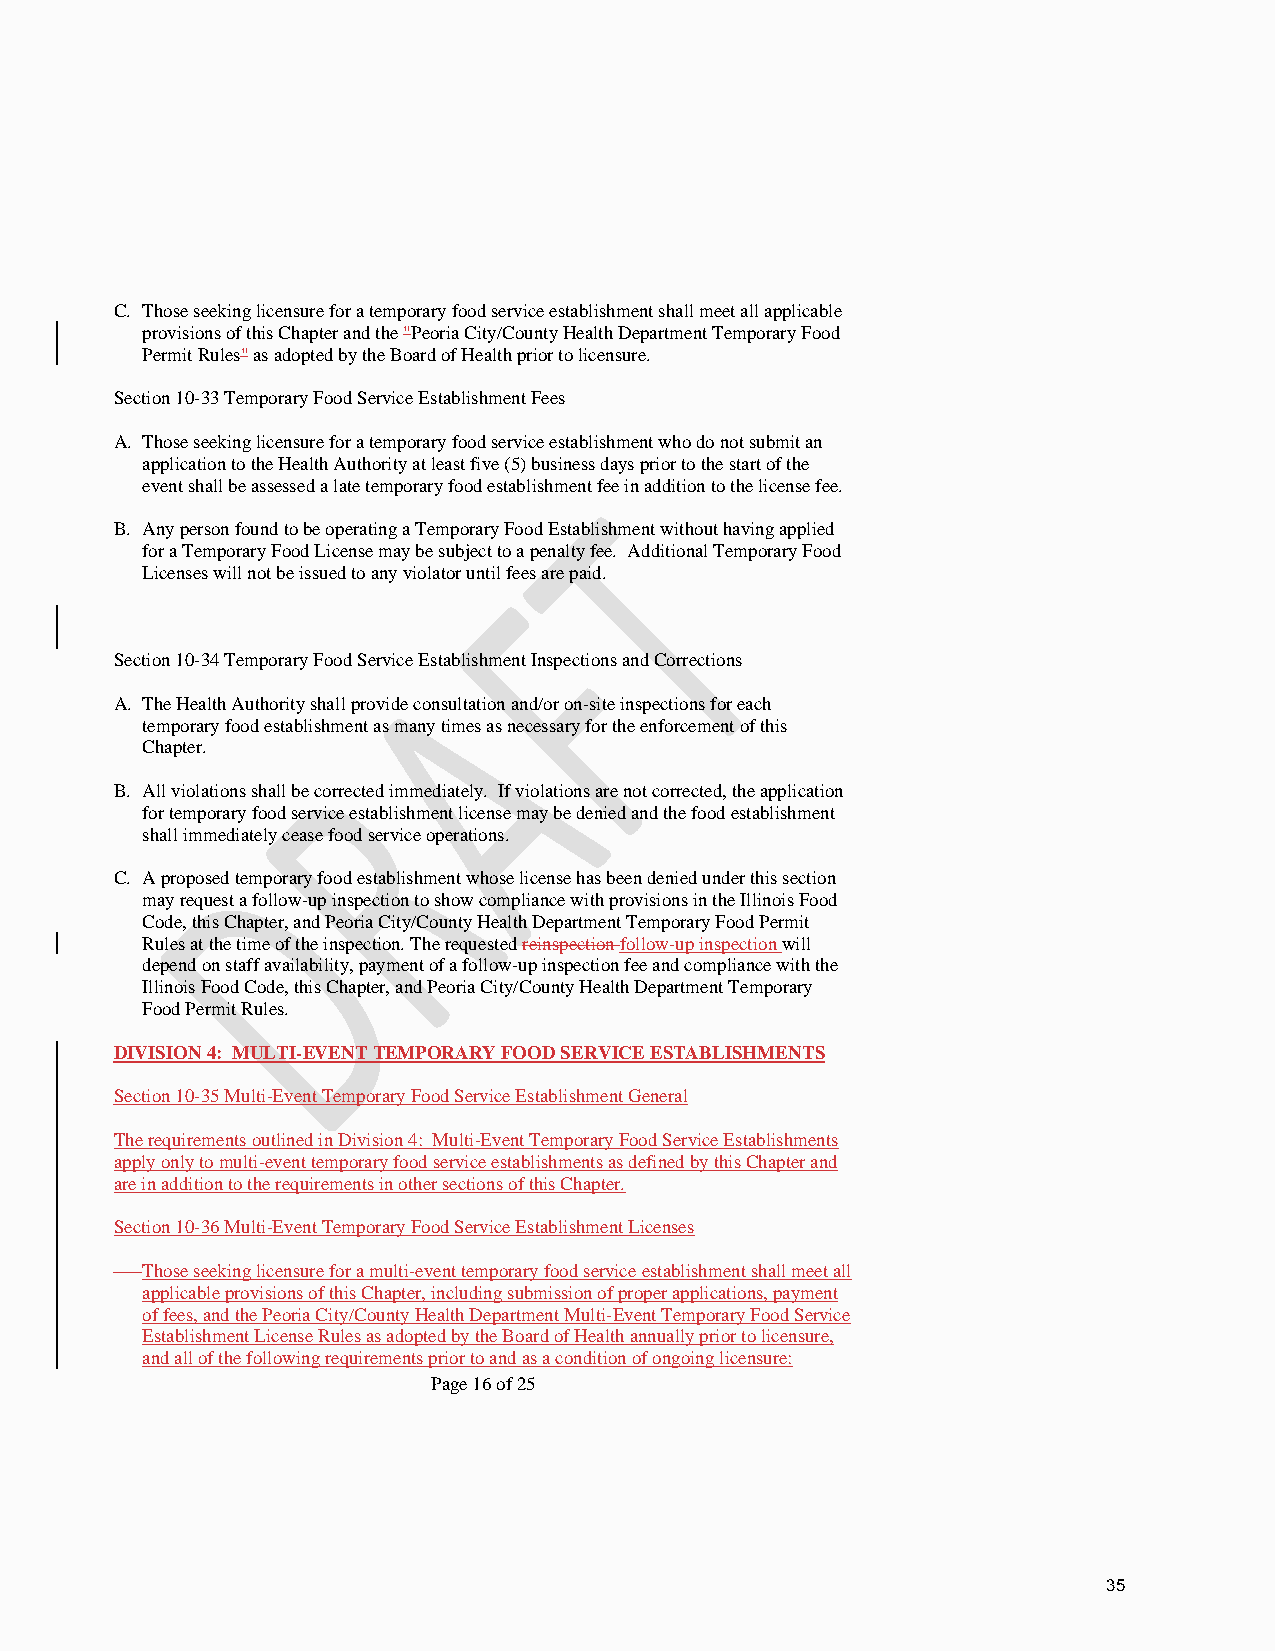
C. Those seeking licensure for a temporary food service establishment shall meet all applicable
 provisions of this Chapter and the "Peoria City/County Health Department Temporary Food
 Permit Rules" as adopted by the Board of Health prior to licensure.
 Section 10-33 Temporary Food Service Establishment Fees
 A. Those seeking licensure for a temporary food service establishment who do not submit an
 application to the Health Authority at least five (5) business days prior to the start of the
 event shall be assessed a late temporary food establishment fee in addition to the license fee.
 B. Any person found to be operating a Temporary Food Establishment without having applied
 for a Temporary Food License may be subject to a penalty fee. Additional Temporary Food
 Licenses will not be issued to any violator until fees are paid.
 Section 10-34 Temporary Food Service Establishment Inspections and Corrections
 A. The Health Authority shall provide consultation and/or on-site inspections for each
 temporary food establishment as many times as necessary for the enforcement of this
 Chapter.
 B. All violations shall be corrected immediately. If violations are not corrected, the application
 for temporary food service establishment license may be denied and the food establishment
 shall immediately cease food service operations.
 C. A proposed temporary food establishment whose license has been denied under this section
 may request a follow-up inspection to show compliance with provisions in the Illinois Food
 Code, this Chapter, and Peoria City/County Health Department Temporary Food Permit
 Rules at the time of the inspection. The requested reinspection follow-up inspection will
 depend on staff availability, payment of a follow-up inspection fee and compliance with the
 Illinois Food Code, this Chapter, and Peoria City/County Health Department Temporary
 Food Permit Rules.
 DIVISION 4: MULTI-EVENT TEMPORARY FOOD SERVICE ESTABLISHMENTS
 Section 10-35 Multi-Event Temporary Food Service Establishment General
 The requirements outlined in Division 4: Multi-Event Temporary Food Service Establishments
 apply only to multi-event temporary food service establishments as defined by this Chapter and
 are in addition to the requirements in other sections of this Chapter.
 Section 10-36 Multi-Event Temporary Food Service Establishment Licenses
 Those seeking licensure for a multi-event temporary food service establishment shall meet all
 applicable provisions of this Chapter, including submission of proper applications, payment
 of fees, and the Peoria City/County Health Department Multi-Event Temporary Food Service
 Establishment License Rules as adopted by the Board of Health annually prior to licensure,
 and all of the following requirements prior to and as a condition of ongoing licensure:
 Page 16 of 25
 35